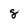
Character: 8